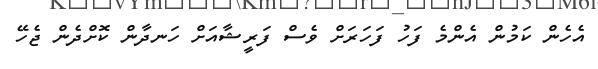
އެހެން ކަމުން އެންމެ ފަހު ފަހަރަށް ވެސް ފަރީޝާއަށް ހަނދާން ކޮށްދެން ޖެހޭ